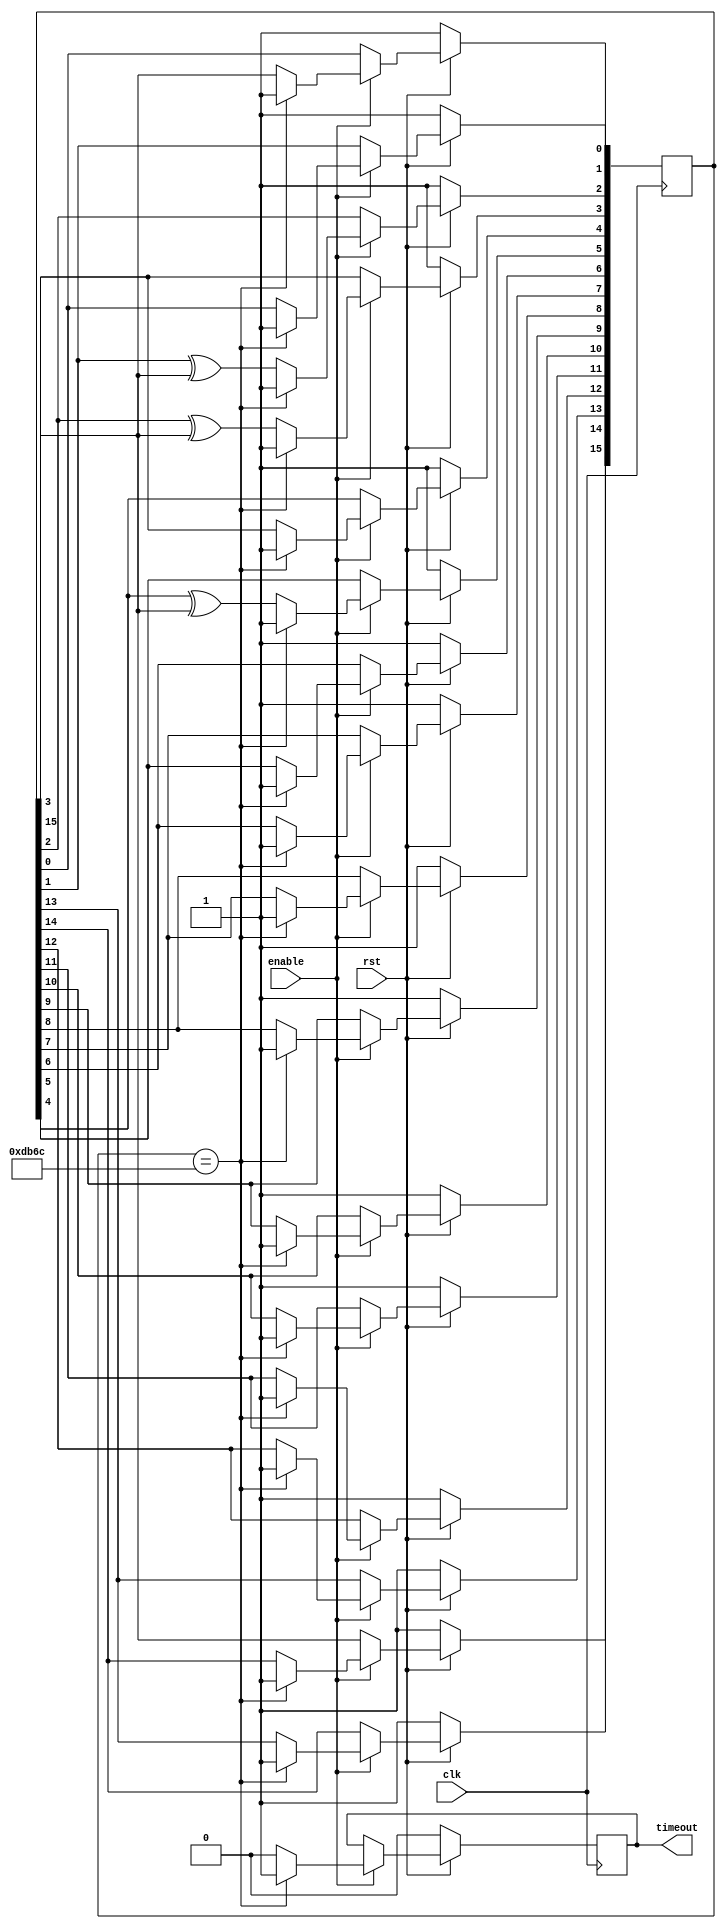
module millisecLFSR(timeout, enable, rst, clk);
input clk, rst, enable;
output timeout;
reg timeout;
reg [15:0] LFSR;

always@(posedge clk) begin
	if(rst==0) begin
		LFSR<=16'b1111111111111111;
		timeout<=0;
	end
	else begin
		if(enable==1) begin
			if(LFSR==16'b1101101101101100) begin
				LFSR<=16'b1111111111111111;
				timeout<=1;
			end
			else begin
				LFSR[0]<=LFSR[15];
				LFSR[1]<=LFSR[0];
				LFSR[2]<=LFSR[1] ^ LFSR[15];
				LFSR[3]<=LFSR[2] ^ LFSR[15];
				LFSR[4]<=LFSR[3];
				LFSR[5]<=LFSR[4] ^ LFSR[15];
				LFSR[6]<=LFSR[5];
				LFSR[7]<=LFSR[6];
				LFSR[8]<=LFSR[7];
				LFSR[9]<=LFSR[8];
				LFSR[10]<=LFSR[9];
				LFSR[11]<=LFSR[10];
				LFSR[12]<=LFSR[11];
				LFSR[13]<=LFSR[12];
				LFSR[14]<=LFSR[13];
				LFSR[15]<=LFSR[14];
				timeout<=0;
			end
		end
	end
end

endmodule